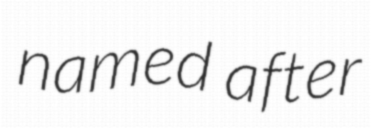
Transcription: named after